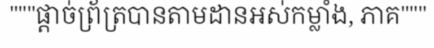
"""ផ្តាច់ព្រ័ត្របានតាមដានអស់កម្លាំង, ភាគ"""